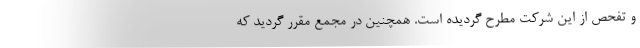
و تفحص از این شرکت مطرح گردیده است. همچنین در مجمع مقرر گردید که